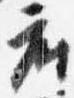
座